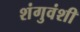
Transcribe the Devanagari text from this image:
शंगुवंशी